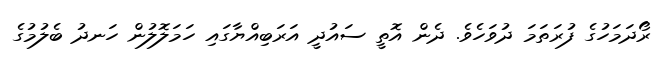
ރޯދަމަހުގެ ފުރަތަމަ ދުވަހެވެ. ދެން އޮތީ ސައުދީ އަރަބިއްޔާގައި ހަމަލޮލުން ހަނދު ބެލުމުގެ